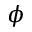
\phi